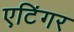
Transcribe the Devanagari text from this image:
एटिंगर